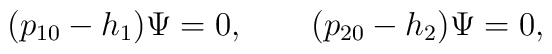
(p_{10}-h_1)\Psi=0, \qquad (p_{20}-h_2)\Psi=0,